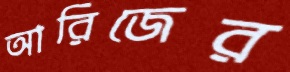
আরিজের